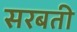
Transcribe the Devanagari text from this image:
सरबती